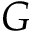
{ \cal G }